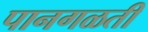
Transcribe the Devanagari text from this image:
पानगळती